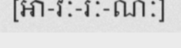
[អា-វៈ-រៈ-ណៈ]